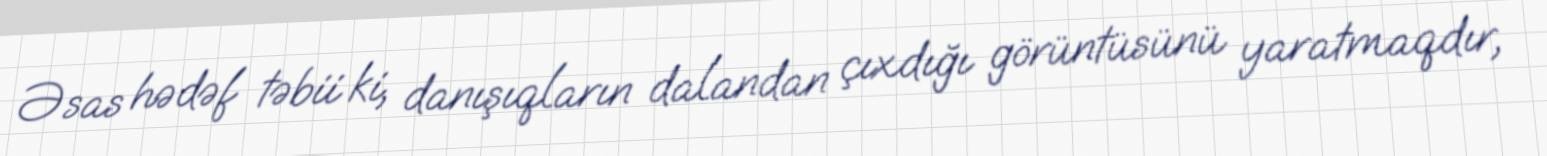
Əsas hədəf təbii ki, danışıqların dalandan çıxdığı görüntüsünü yaratmaqdır,